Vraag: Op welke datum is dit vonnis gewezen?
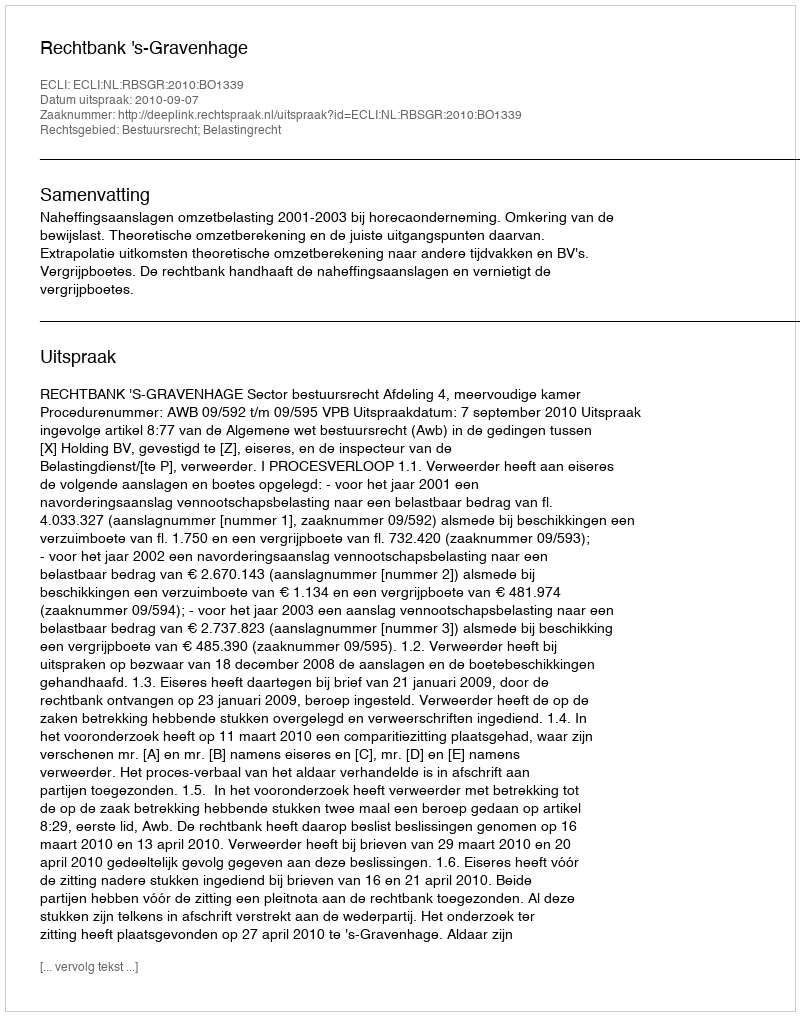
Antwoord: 2010-09-07